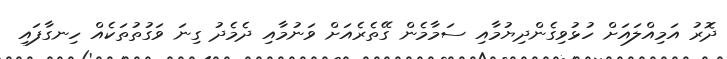
ދޮރު އަމިއްލައަށް ހުޅުވިގެންދިޔުމާއި ސަމާމެން ގޭތެރެއަށް ވަނުމާއި ދެމެދު ގިނަ ވަގުތުތަކެއް ހިނގާފައި